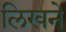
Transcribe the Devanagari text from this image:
लिखने